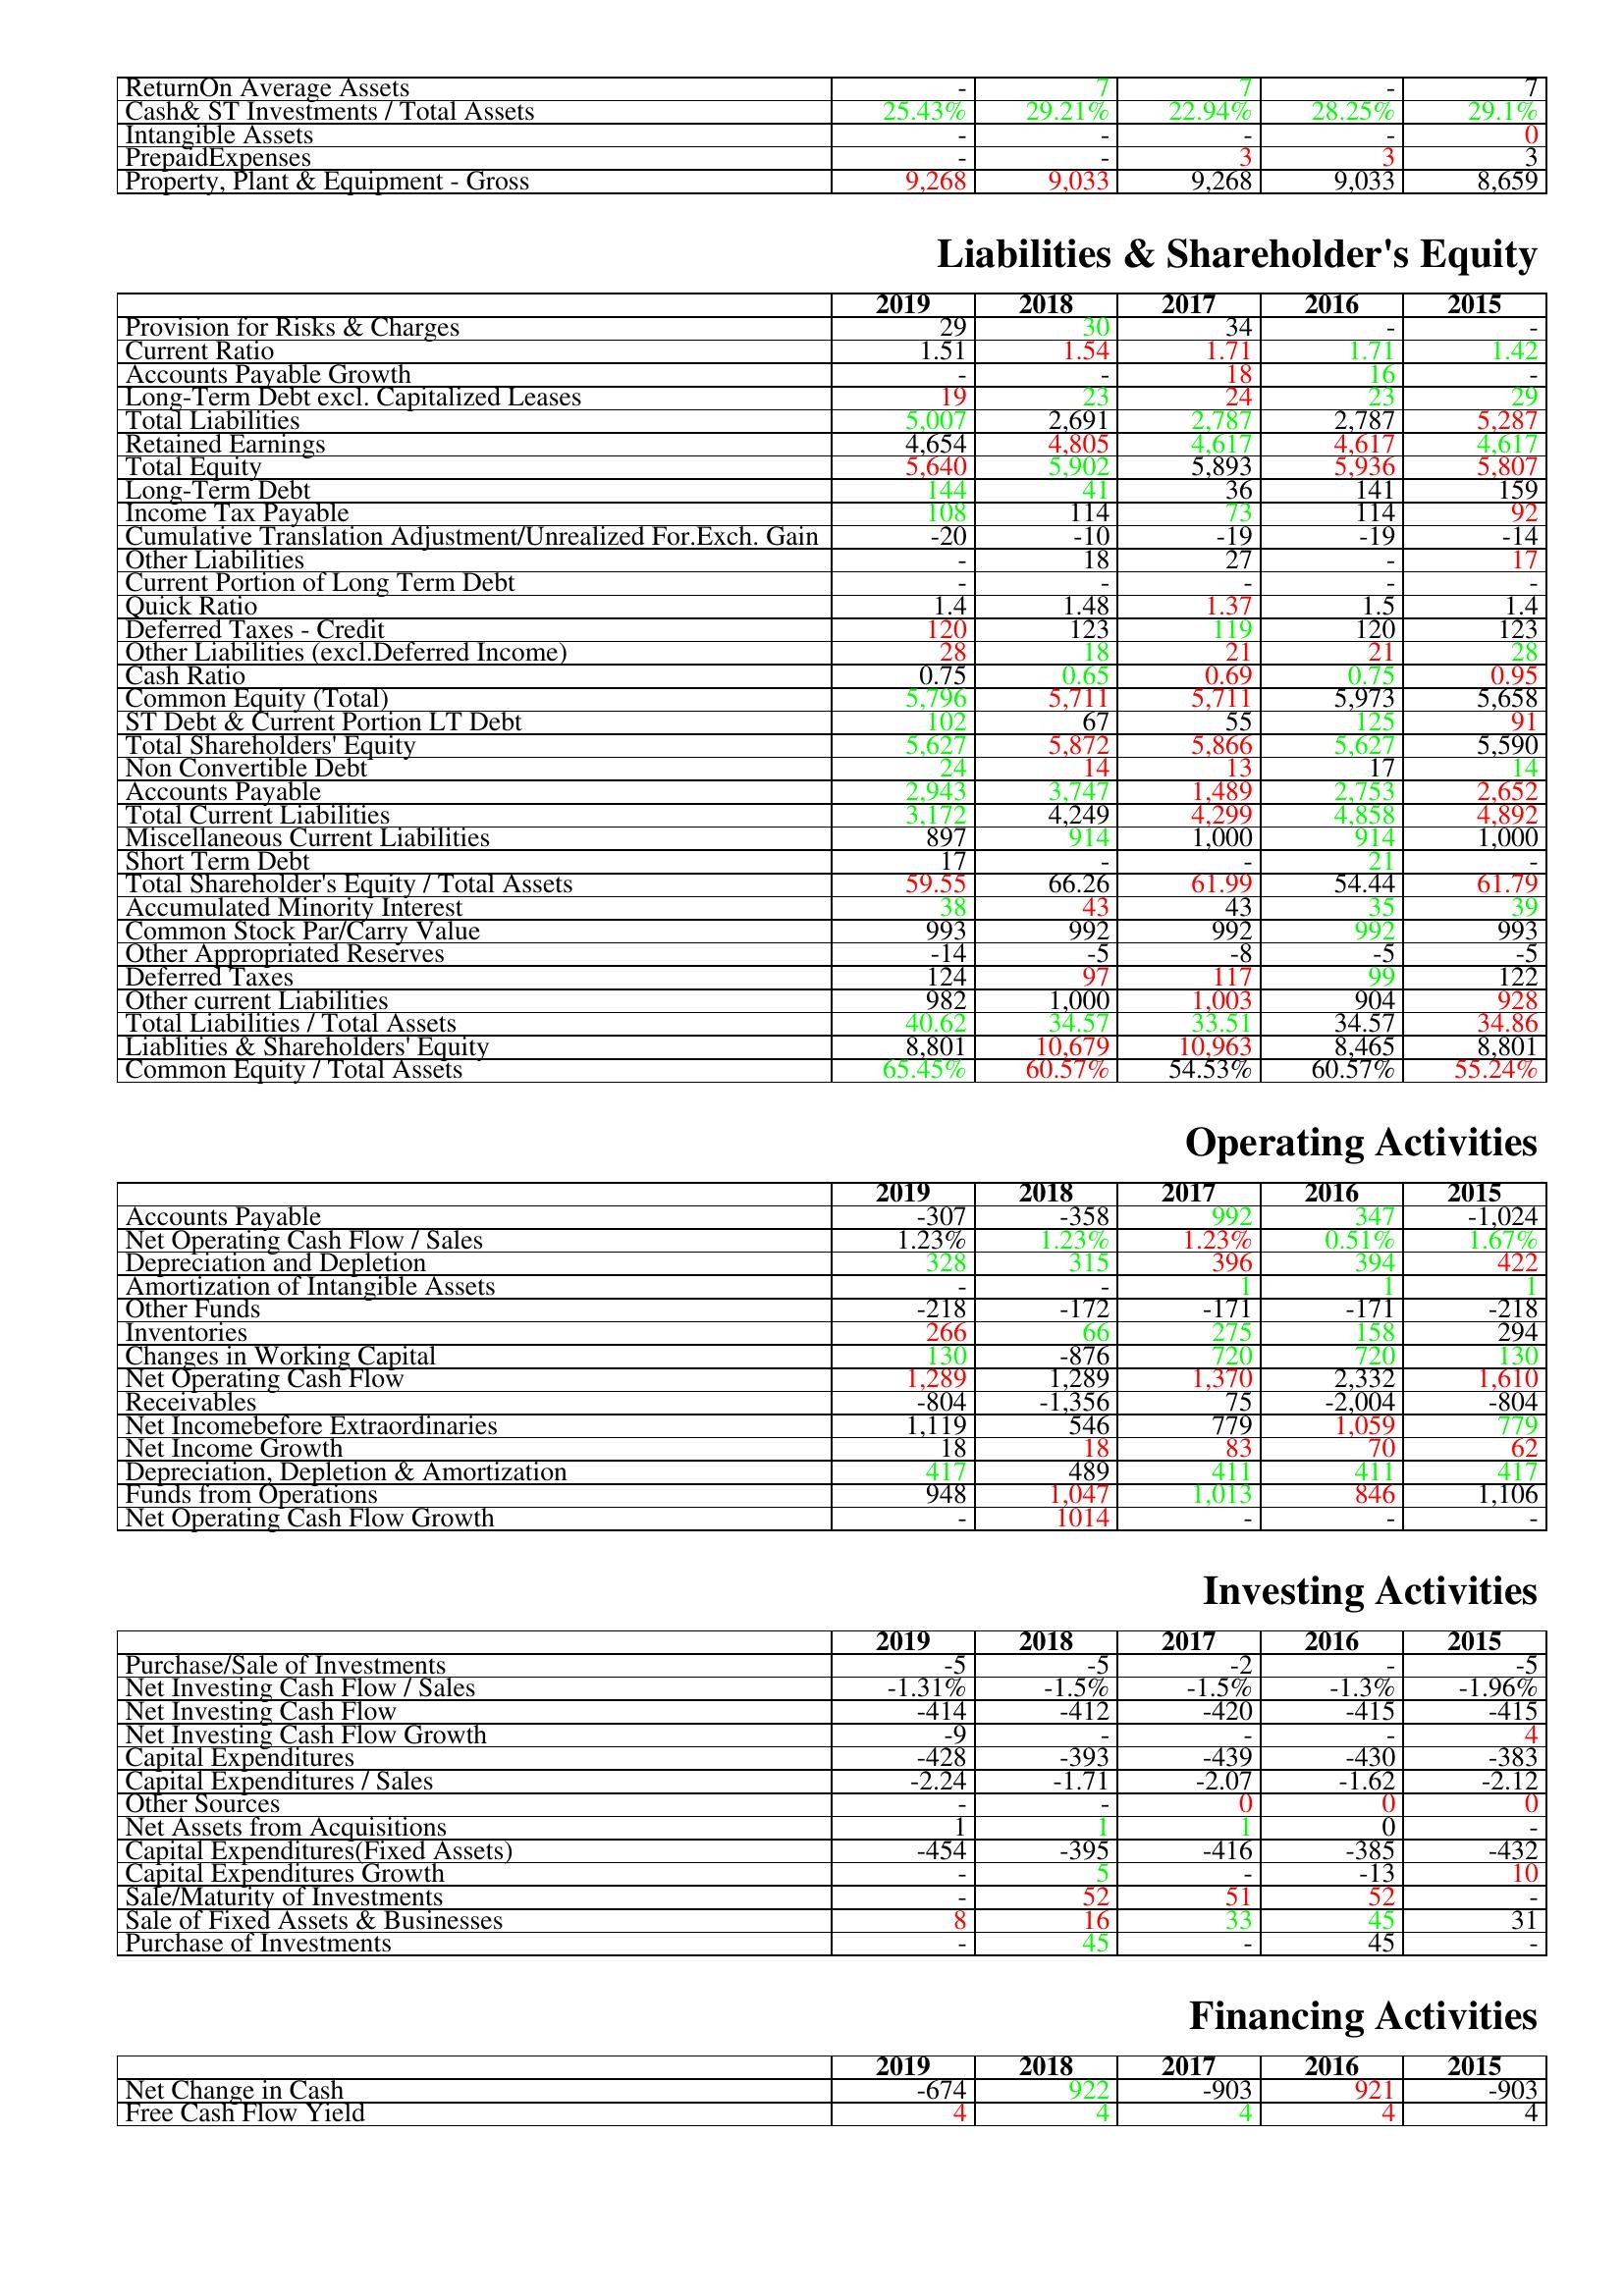
gt_parse: 2019: Assets: ReturnOn Average Assets: -
Cash& ST Investments / Total Assets: 25.43%
Intangible Assets: -
PrepaidExpenses: -
Property, Plant & Equipment - Gross : 9,268
Liabilities & Shareholder's Equity: Provision for Risks & Charges: 29
Current Ratio: 1.51
Accounts Payable Growth: -
Long-Term Debt excl. Capitalized Leases: 19
Total Liabilities: 5,007
Retained Earnings: 4,654
Total Equity: 5,640
Long-Term Debt: 144
Income Tax Payable: 108
Cumulative Translation Adjustment/Unrealized For.Exch. Gain: -20
Other Liabilities: -
Current Portion of Long Term Debt: -
Quick Ratio: 1.4
Deferred Taxes - Credit: 120
Other Liabilities (excl.Deferred Income): 28
Cash Ratio: 0.75
Common Equity (Total): 5,796
ST Debt & Current Portion LT Debt: 102
Total Shareholders' Equity: 5,627
Non Convertible Debt: 24
Accounts Payable: 2,943
Total Current Liabilities: 3,172
Miscellaneous Current Liabilities: 897
Short Term Debt: 17
Total Shareholder's Equity / Total Assets: 59.55
Accumulated Minority Interest: 38
Common Stock Par/Carry Value: 993
Other Appropriated Reserves: -14
Deferred Taxes: 124
Other current Liabilities: 982
Total Liabilities / Total Assets: 40.62
Liablities & Shareholders' Equity: 8,801
Common Equity / Total Assets: 65.45%
Operating Activities: Accounts Payable: -307
Net Operating Cash Flow / Sales: 1.23%
Depreciation and Depletion: 328
Amortization of Intangible Assets: -
Other Funds: -218
Inventories: 266
Changes in Working Capital: 130
Net Operating Cash Flow: 1,289
Receivables: -804
Net Incomebefore Extraordinaries: 1,119
Net Income Growth: 18
Depreciation, Depletion & Amortization: 417
Funds from Operations: 948
Net Operating Cash Flow Growth: -
Investing Activities: Purchase/Sale of Investments: -5
Net Investing Cash Flow / Sales: -1.31%
Net Investing Cash Flow: -414
Net Investing Cash Flow Growth: -9
Capital Expenditures: -428
Capital Expenditures / Sales: -2.24
Other Sources: -
Net Assets from Acquisitions: 1
Capital Expenditures(Fixed Assets): -454
Capital Expenditures Growth: -
Sale/Maturity of Investments: -
Sale of Fixed Assets & Businesses: 8
Purchase of Investments: -
Financing Activities: Net Change in Cash: -674
Free Cash Flow Yield: 4
2018: Assets: ReturnOn Average Assets: 7
Cash& ST Investments / Total Assets: 29.21%
Intangible Assets: -
PrepaidExpenses: -
Property, Plant & Equipment - Gross : 9,033
Liabilities & Shareholder's Equity: Provision for Risks & Charges: 30
Current Ratio: 1.54
Accounts Payable Growth: -
Long-Term Debt excl. Capitalized Leases: 23
Total Liabilities: 2,691
Retained Earnings: 4,805
Total Equity: 5,902
Long-Term Debt: 41
Income Tax Payable: 114
Cumulative Translation Adjustment/Unrealized For.Exch. Gain: -10
Other Liabilities: 18
Current Portion of Long Term Debt: -
Quick Ratio: 1.48
Deferred Taxes - Credit: 123
Other Liabilities (excl.Deferred Income): 18
Cash Ratio: 0.65
Common Equity (Total): 5,711
ST Debt & Current Portion LT Debt: 67
Total Shareholders' Equity: 5,872
Non Convertible Debt: 14
Accounts Payable: 3,747
Total Current Liabilities: 4,249
Miscellaneous Current Liabilities: 914
Short Term Debt: -
Total Shareholder's Equity / Total Assets: 66.26
Accumulated Minority Interest: 43
Common Stock Par/Carry Value: 992
Other Appropriated Reserves: -5
Deferred Taxes: 97
Other current Liabilities: 1,000
Total Liabilities / Total Assets: 34.57
Liablities & Shareholders' Equity: 10,679
Common Equity / Total Assets: 60.57%
Operating Activities: Accounts Payable: -358
Net Operating Cash Flow / Sales: 1.23%
Depreciation and Depletion: 315
Amortization of Intangible Assets: -
Other Funds: -172
Inventories: 66
Changes in Working Capital: -876
Net Operating Cash Flow: 1,289
Receivables: -1,356
Net Incomebefore Extraordinaries: 546
Net Income Growth: 18
Depreciation, Depletion & Amortization: 489
Funds from Operations: 1,047
Net Operating Cash Flow Growth: 1014
Investing Activities: Purchase/Sale of Investments: -5
Net Investing Cash Flow / Sales: -1.5%
Net Investing Cash Flow: -412
Net Investing Cash Flow Growth: -
Capital Expenditures: -393
Capital Expenditures / Sales: -1.71
Other Sources: -
Net Assets from Acquisitions: 1
Capital Expenditures(Fixed Assets): -395
Capital Expenditures Growth: 5
Sale/Maturity of Investments: 52
Sale of Fixed Assets & Businesses: 16
Purchase of Investments: 45
Financing Activities: Net Change in Cash: 922
Free Cash Flow Yield: 4
2017: Assets: ReturnOn Average Assets: 7
Cash& ST Investments / Total Assets: 22.94%
Intangible Assets: -
PrepaidExpenses: 3
Property, Plant & Equipment - Gross : 9,268
Liabilities & Shareholder's Equity: Provision for Risks & Charges: 34
Current Ratio: 1.71
Accounts Payable Growth: 18
Long-Term Debt excl. Capitalized Leases: 24
Total Liabilities: 2,787
Retained Earnings: 4,617
Total Equity: 5,893
Long-Term Debt: 36
Income Tax Payable: 73
Cumulative Translation Adjustment/Unrealized For.Exch. Gain: -19
Other Liabilities: 27
Current Portion of Long Term Debt: -
Quick Ratio: 1.37
Deferred Taxes - Credit: 119
Other Liabilities (excl.Deferred Income): 21
Cash Ratio: 0.69
Common Equity (Total): 5,711
ST Debt & Current Portion LT Debt: 55
Total Shareholders' Equity: 5,866
Non Convertible Debt: 13
Accounts Payable: 1,489
Total Current Liabilities: 4,299
Miscellaneous Current Liabilities: 1,000
Short Term Debt: -
Total Shareholder's Equity / Total Assets: 61.99
Accumulated Minority Interest: 43
Common Stock Par/Carry Value: 992
Other Appropriated Reserves: -8
Deferred Taxes: 117
Other current Liabilities: 1,003
Total Liabilities / Total Assets: 33.51
Liablities & Shareholders' Equity: 10,963
Common Equity / Total Assets: 54.53%
Operating Activities: Accounts Payable: 992
Net Operating Cash Flow / Sales: 1.23%
Depreciation and Depletion: 396
Amortization of Intangible Assets: 1
Other Funds: -171
Inventories: 275
Changes in Working Capital: 720
Net Operating Cash Flow: 1,370
Receivables: 75
Net Incomebefore Extraordinaries: 779
Net Income Growth: 83
Depreciation, Depletion & Amortization: 411
Funds from Operations: 1,013
Net Operating Cash Flow Growth: -
Investing Activities: Purchase/Sale of Investments: -2
Net Investing Cash Flow / Sales: -1.5%
Net Investing Cash Flow: -420
Net Investing Cash Flow Growth: -
Capital Expenditures: -439
Capital Expenditures / Sales: -2.07
Other Sources: 0
Net Assets from Acquisitions: 1
Capital Expenditures(Fixed Assets): -416
Capital Expenditures Growth: -
Sale/Maturity of Investments: 51
Sale of Fixed Assets & Businesses: 33
Purchase of Investments: -
Financing Activities: Net Change in Cash: -903
Free Cash Flow Yield: 4
2016: Assets: ReturnOn Average Assets: -
Cash& ST Investments / Total Assets: 28.25%
Intangible Assets: -
PrepaidExpenses: 3
Property, Plant & Equipment - Gross : 9,033
Liabilities & Shareholder's Equity: Provision for Risks & Charges: -
Current Ratio: 1.71
Accounts Payable Growth: 16
Long-Term Debt excl. Capitalized Leases: 23
Total Liabilities: 2,787
Retained Earnings: 4,617
Total Equity: 5,936
Long-Term Debt: 141
Income Tax Payable: 114
Cumulative Translation Adjustment/Unrealized For.Exch. Gain: -19
Other Liabilities: -
Current Portion of Long Term Debt: -
Quick Ratio: 1.5
Deferred Taxes - Credit: 120
Other Liabilities (excl.Deferred Income): 21
Cash Ratio: 0.75
Common Equity (Total): 5,973
ST Debt & Current Portion LT Debt: 125
Total Shareholders' Equity: 5,627
Non Convertible Debt: 17
Accounts Payable: 2,753
Total Current Liabilities: 4,858
Miscellaneous Current Liabilities: 914
Short Term Debt: 21
Total Shareholder's Equity / Total Assets: 54.44
Accumulated Minority Interest: 35
Common Stock Par/Carry Value: 992
Other Appropriated Reserves: -5
Deferred Taxes: 99
Other current Liabilities: 904
Total Liabilities / Total Assets: 34.57
Liablities & Shareholders' Equity: 8,465
Common Equity / Total Assets: 60.57%
Operating Activities: Accounts Payable: 347
Net Operating Cash Flow / Sales: 0.51%
Depreciation and Depletion: 394
Amortization of Intangible Assets: 1
Other Funds: -171
Inventories: 158
Changes in Working Capital: 720
Net Operating Cash Flow: 2,332
Receivables: -2,004
Net Incomebefore Extraordinaries: 1,059
Net Income Growth: 70
Depreciation, Depletion & Amortization: 411
Funds from Operations: 846
Net Operating Cash Flow Growth: -
Investing Activities: Purchase/Sale of Investments: -
Net Investing Cash Flow / Sales: -1.3%
Net Investing Cash Flow: -415
Net Investing Cash Flow Growth: -
Capital Expenditures: -430
Capital Expenditures / Sales: -1.62
Other Sources: 0
Net Assets from Acquisitions: 0
Capital Expenditures(Fixed Assets): -385
Capital Expenditures Growth: -13
Sale/Maturity of Investments: 52
Sale of Fixed Assets & Businesses: 45
Purchase of Investments: 45
Financing Activities: Net Change in Cash: 921
Free Cash Flow Yield: 4
2015: Assets: ReturnOn Average Assets: 7
Cash& ST Investments / Total Assets: 29.1%
Intangible Assets: 0
PrepaidExpenses: 3
Property, Plant & Equipment - Gross : 8,659
Liabilities & Shareholder's Equity: Provision for Risks & Charges: -
Current Ratio: 1.42
Accounts Payable Growth: -
Long-Term Debt excl. Capitalized Leases: 29
Total Liabilities: 5,287
Retained Earnings: 4,617
Total Equity: 5,807
Long-Term Debt: 159
Income Tax Payable: 92
Cumulative Translation Adjustment/Unrealized For.Exch. Gain: -14
Other Liabilities: 17
Current Portion of Long Term Debt: -
Quick Ratio: 1.4
Deferred Taxes - Credit: 123
Other Liabilities (excl.Deferred Income): 28
Cash Ratio: 0.95
Common Equity (Total): 5,658
ST Debt & Current Portion LT Debt: 91
Total Shareholders' Equity: 5,590
Non Convertible Debt: 14
Accounts Payable: 2,652
Total Current Liabilities: 4,892
Miscellaneous Current Liabilities: 1,000
Short Term Debt: -
Total Shareholder's Equity / Total Assets: 61.79
Accumulated Minority Interest: 39
Common Stock Par/Carry Value: 993
Other Appropriated Reserves: -5
Deferred Taxes: 122
Other current Liabilities: 928
Total Liabilities / Total Assets: 34.86
Liablities & Shareholders' Equity: 8,801
Common Equity / Total Assets: 55.24%
Operating Activities: Accounts Payable: -1,024
Net Operating Cash Flow / Sales: 1.67%
Depreciation and Depletion: 422
Amortization of Intangible Assets: 1
Other Funds: -218
Inventories: 294
Changes in Working Capital: 130
Net Operating Cash Flow: 1,610
Receivables: -804
Net Incomebefore Extraordinaries: 779
Net Income Growth: 62
Depreciation, Depletion & Amortization: 417
Funds from Operations: 1,106
Net Operating Cash Flow Growth: -
Investing Activities: Purchase/Sale of Investments: -5
Net Investing Cash Flow / Sales: -1.96%
Net Investing Cash Flow: -415
Net Investing Cash Flow Growth: 4
Capital Expenditures: -383
Capital Expenditures / Sales: -2.12
Other Sources: 0
Net Assets from Acquisitions: -
Capital Expenditures(Fixed Assets): -432
Capital Expenditures Growth: 10
Sale/Maturity of Investments: -
Sale of Fixed Assets & Businesses: 31
Purchase of Investments: -
Financing Activities: Net Change in Cash: -903
Free Cash Flow Yield: 4